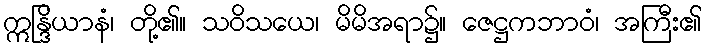
ဣန္ဒြိယာနံ၊ တို့၏။ သဝိသယေ၊ မိမိအရာ၌။ ဇေဋ္ဌကဘာဝံ၊ အကြီး၏